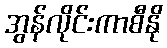
အွန်လိုင်းကာစီနို